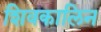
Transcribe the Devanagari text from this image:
शिवकालिन